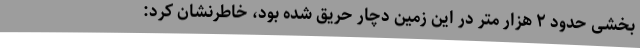
بخشی حدود ۲ هزار متر در این زمین دچار حریق شده بود، خاطرنشان کرد: